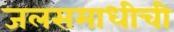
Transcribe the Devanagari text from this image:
जलसमाधीची